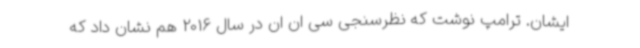
ایشان. ترامپ نوشت که نظرسنجی سی ان ان در سال 2016 هم نشان داد که